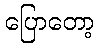
ပြောတော့